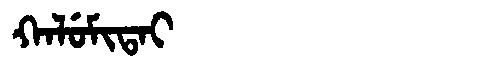
Manchu: ᡴᠠᠯᡠᠮᡳᡨᠠᡳ
Romanization: KALUMITAI